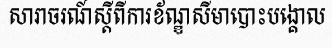
សារាចរណ៍ស្តីពីការខ័ណ្ឌសីមាបោះបង្គោល